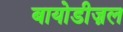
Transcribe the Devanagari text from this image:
बायोडीज़ल